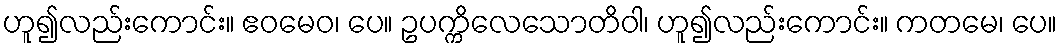
ဟူ၍လည်းကောင်း။ ဧဝမေဝ၊ ပေ။ ဥပက္ကိလေသောတိဝါ၊ ဟူ၍လည်းကောင်း။ ကတမေ၊ ပေ။